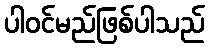
ပါဝင်မည်ဖြစ်ပါသည်